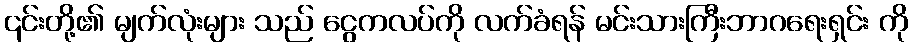
၎င်းတို့၏ မျက်လုံးများ သည် ငွေကလပ်ကို လက်ခံရန် မင်းသားကြီးဘာဂရေးရှင်း ကို